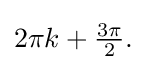
{\textstyle 2\pi k+{\frac {3\pi }{2}}.}